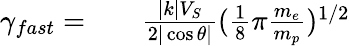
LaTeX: \begin{array}{rlr}{\gamma_{fast}=}&{{}}&{\frac{|k|V_{S}}{2|\cos\theta|}(\frac{1}{8}\pi\frac{m_{e}}{m_{p}})^{1/2}}\end{array}